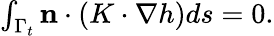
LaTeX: \begin{array}{r}{\int_{\Gamma_{t}}\mathbf{n}\cdot(K\cdot\nabla h)ds=0.}\end{array}